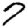
Digit: 7